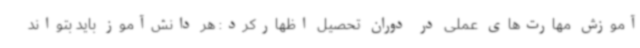
آموزش مهارت‌های عملی در دوران تحصیل اظهارکرد: هر دانش‌آموز باید بتواند